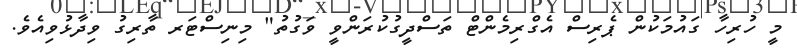
މީ ހުރިހާ ގައުމަކުން ޕެރިސް އެގްރިމެންޓް ތަސްދީގުކުރަންވީ ވަގުތު" މިނިސްޓަރ ތާރިގު ވިދާޅުވިއެވެ.